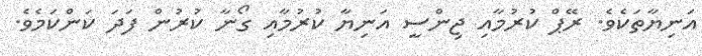
އަނިޔާތަކެވެ. ރޭޕް ކުރުމާއި ޖިންސީ އަނިޔާ ކުރުމާއި ގޯނާ ކުރުން ފަދަ ކަންކަމެވެ.